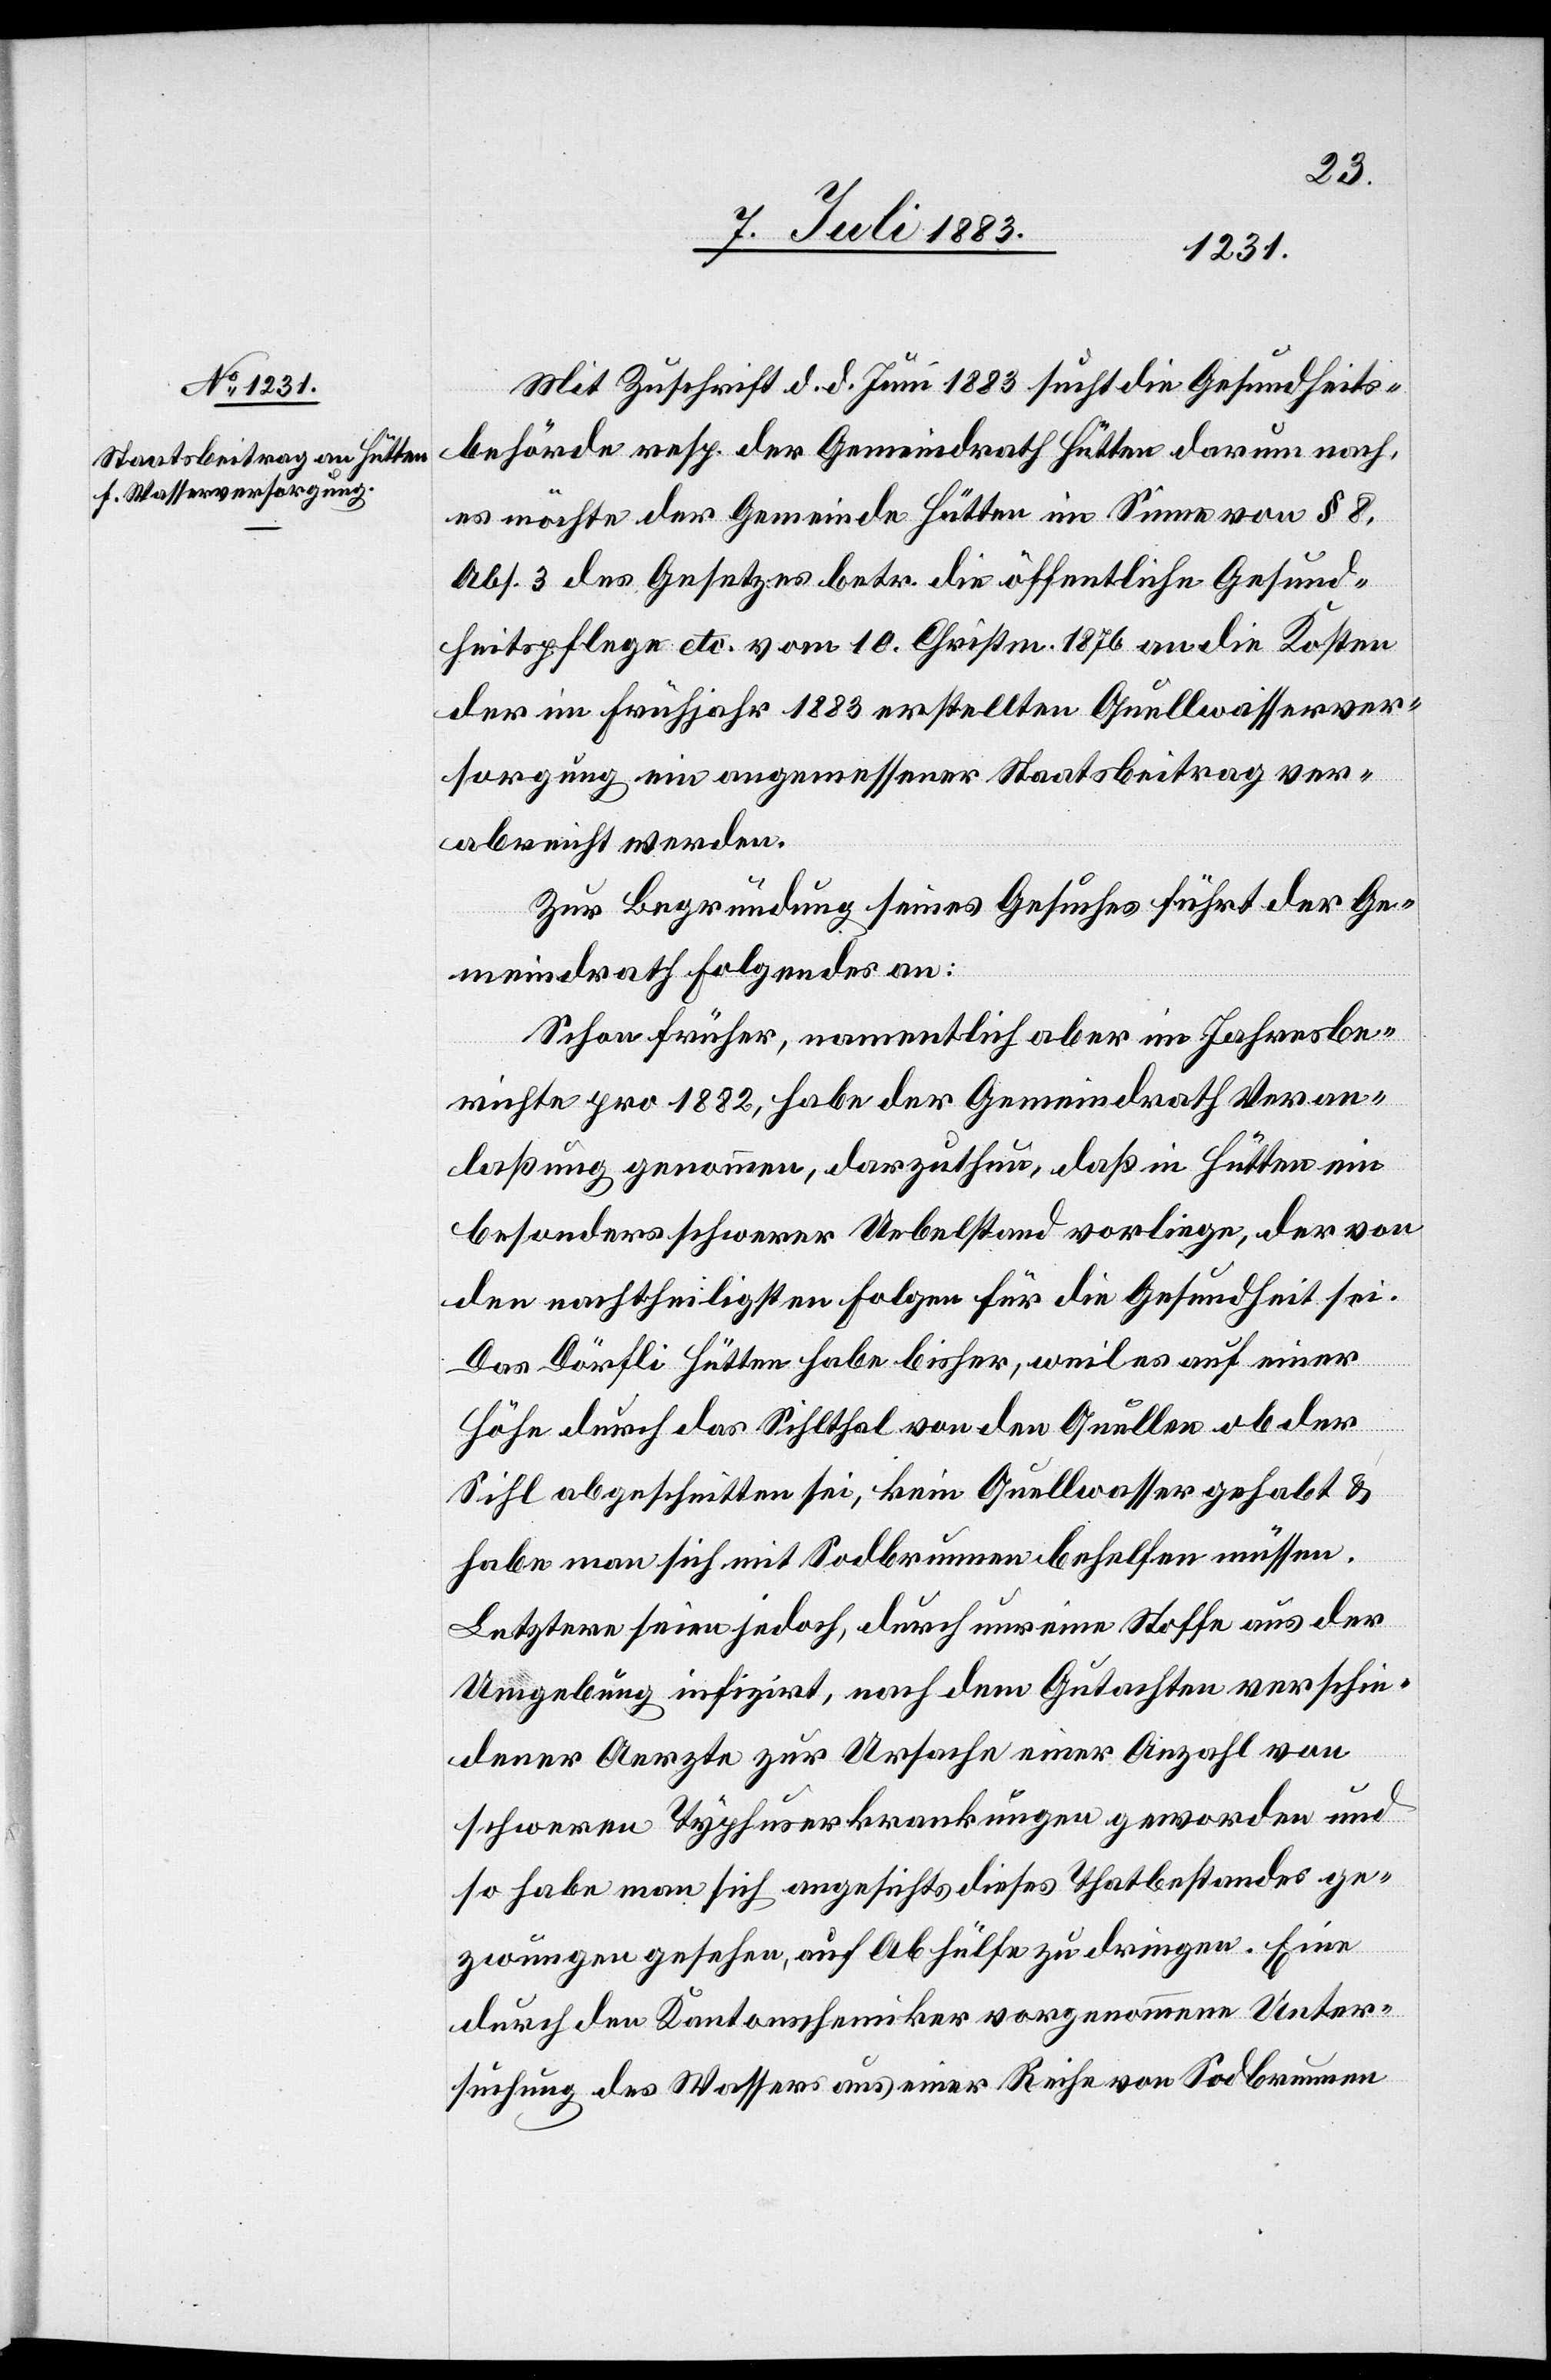
Mit Zuschrift d. d. Juni 1883 [sic!] sucht die Gesundheits¬
behörde resp. der Gemeindrath Hütten darum nach,
es möchte der Gemeinde Hütten im Sinne von § 8,
Abs. 3 des Gesetzes betr. die öffentliche Gesund¬
heitspflege etc. vom 10. Christm. 1876 an die Kosten
der im Frühjahr 1883 erstellten Quellwasserver¬
sorgung ein angemessener Staatsbeitrag ver¬
abreicht werden.
Zur Begründung seines Gesuches führt der Ge¬
meindrath Folgendes an:
Schon früher, namentlich aber im Jahresbe¬
richte pro 1882, habe der Gemeindrath Veran¬
laßung genommen, darzuthun, daß in Hütten ein
besonders schwerer Uebelstand vorliege, der von
den nachtheiligsten Folgen für die Gesundheit sei.
Das Dörfli Hütten habe bisher, weil es auf einer
Höhe durch das Sihlthal von den Quellen ob der
Sihl abgeschnitten sei, kein Quellwasser gehabt &
habe man sich mit Sodbrunnen behelfen müssen.
Letztere seinen jedoch, durch unreine Stoffe aus der
Umgebung infizirt, nach dem Gutachten verschie¬
dener Aerzte zur Ursache einer Anzahl von
schweren Typhuserkrankungen geworden und
so habe man sich angesichts dieses Thatbestandes ge¬
zwungen gesehen, auf Abhülfe zu dringen. Eine
durch den Kantonschemiker vorgenommene Unter¬
suchung des Wassers aus einer Reihe von Sodbrunnen